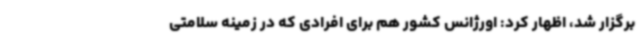
برگزار شد، اظهار کرد: اورژانس کشور هم برای افرادی که در زمینه سلامتی